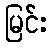
မြင်း